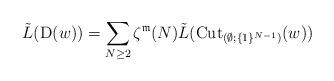
LaTeX: \begin{align*}\tilde{L}({\rm D}(w))=\sum_{N\geq2}\zeta^{\mathfrak{m}}(N)\tilde{L}({\rm Cut}_{(\emptyset;\{1\}^{N-1})}(w))\end{align*}